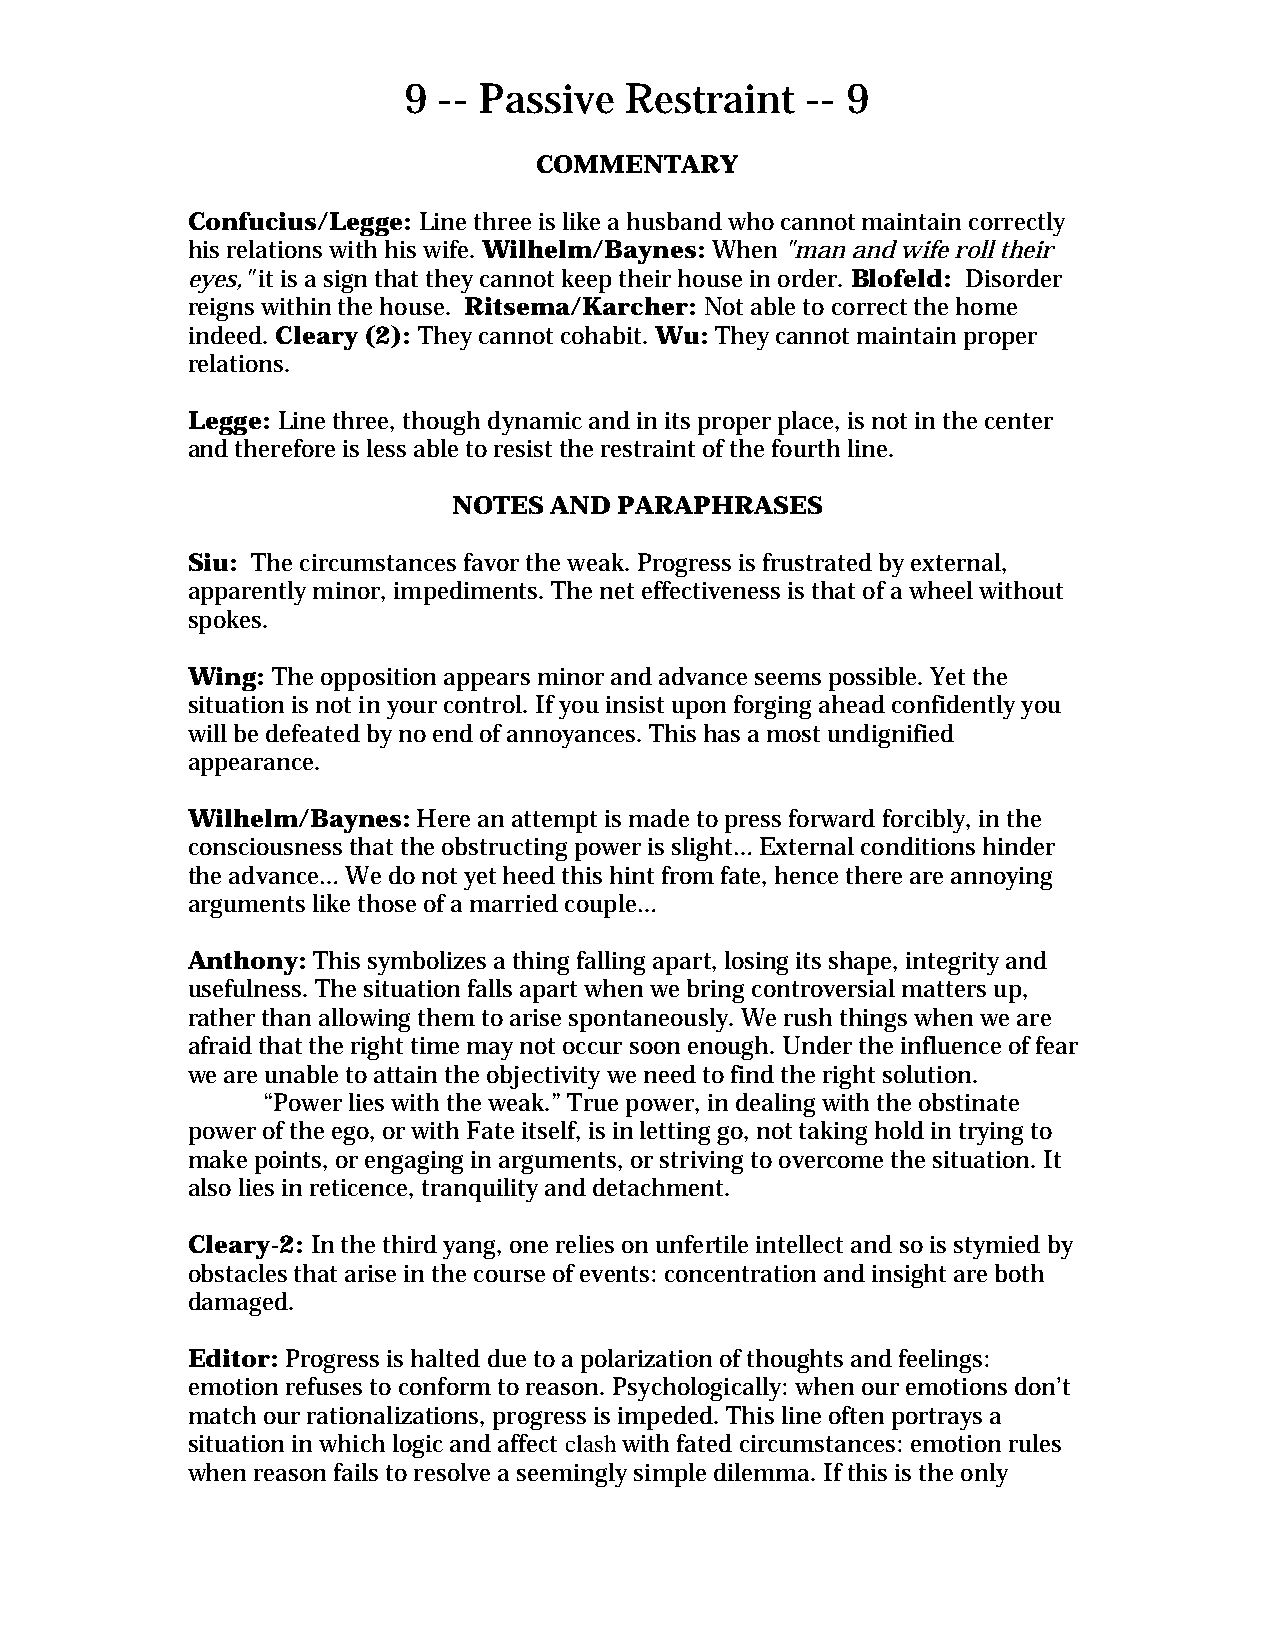
9 -- Passive  Restraint   -- 9
 COMMENTARY
 Confucius/Legge: Line three is like a husband who cannot maintain correctly
 his relations with his wife. Wilhelm/Baynes: When "man and wife roll their
 eyes," it is a sign that they cannot keep their house in order. Blofeld: Disorder
 reigns within the house. Ritsema/Karcher: Not able to correct the home
 indeed. Cleary (2): They cannot cohabit. Wu: They cannot maintain proper
 relations.
 Legge: Line three, though dynamic and in its proper place, is not in the center
 and therefore is less able to resist the restraint of the fourth line.
 NOTES AND  PARAPHRASES
 Siu: The circumstances favor the weak. Progress is frustrated by external,
 apparently minor, impediments. The net effectiveness is that of a wheel without
 spokes.
 Wing: The opposition appears minor and advance seems possible. Yet the
 situation is not in your control. If you insist upon forging ahead confidently you
 will be defeated by no end of annoyances. This has a most undignified
 appearance.
 Wilhelm/Baynes: Here an attempt is made to press forward forcibly, in the
 consciousness that the obstructing power is slight… External conditions hinder
 the advance… We do not yet heed this hint from fate, hence there are annoying
 arguments like those of a married couple…
 Anthony: This symbolizes a thing falling apart, losing its shape, integrity and
 usefulness. The situation falls apart when we bring controversial matters up,
 rather than allowing them to arise spontaneously. We rush things when we are
 afraid that the right time may not occur soon enough. Under the influence of fear
 we are unable to attain the objectivity we need to find the right solution.
 “Power lies with the weak.” True power, in dealing with the obstinate
 power of the ego, or with Fate itself, is in letting go, not taking hold in trying to
 make points, or engaging in arguments, or striving to overcome the situation. It
 also lies in reticence, tranquility and detachment.
 Cleary-2: In the third yang, one relies on unfertile intellect and so is stymied by
 obstacles that arise in the course of events: concentration and insight are both
 damaged.
 Editor: Progress is halted due to a polarization of thoughts and feelings:
 emotion refuses to conform to reason. Psychologically: when our emotions don’t
 match our rationalizations, progress is impeded. This line often portrays a
 situation in which logic and affect clash with fated circumstances: emotion rules
 when reason fails to resolve a seemingly simple dilemma. If this is the only